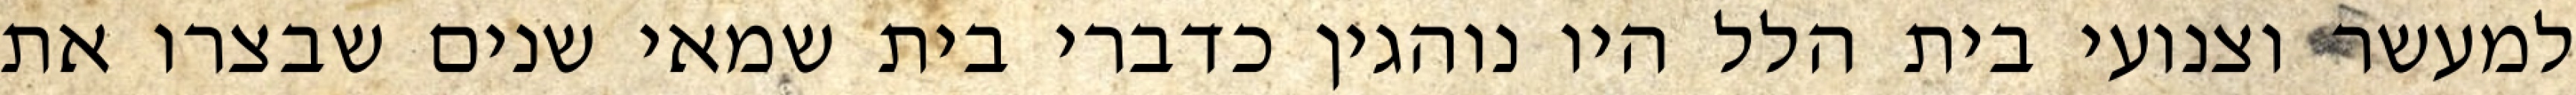
למעשר וצנועי בית הלל היו נוהגין כדברי בית שמאי שנים שבצרו את